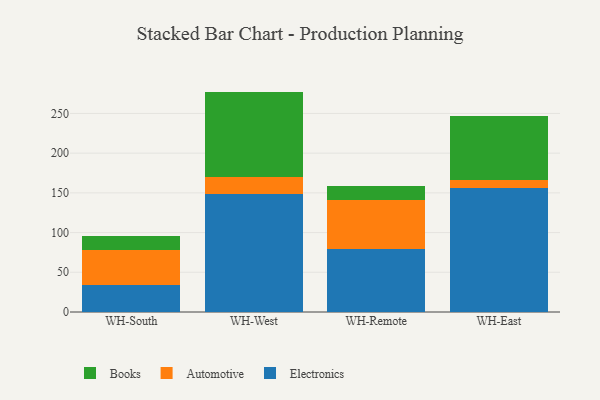
{"axis": {"x": "Warehouse", "y": "Shipments"}, "legend": ["Automotive", "Books", "Electronics"], "data": [{"x": "WH-South", "y": 34.2, "type": "Electronics"}, {"x": "WH-South", "y": 43.3, "type": "Automotive"}, {"x": "WH-South", "y": 18.1, "type": "Books"}, {"x": "WH-West", "y": 148.9, "type": "Electronics"}, {"x": "WH-West", "y": 20.9, "type": "Automotive"}, {"x": "WH-West", "y": 107.7, "type": "Books"}, {"x": "WH-Remote", "y": 79.4, "type": "Electronics"}, {"x": "WH-Remote", "y": 61.5, "type": "Automotive"}, {"x": "WH-Remote", "y": 17.2, "type": "Books"}, {"x": "WH-East", "y": 155.8, "type": "Electronics"}, {"x": "WH-East", "y": 10.7, "type": "Automotive"}, {"x": "WH-East", "y": 79.8, "type": "Books"}]}